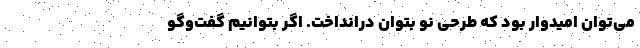
می‌توان امیدوار بود که طرحی نو بتوان در‌انداخت. اگر بتوانیم گفت‌وگو